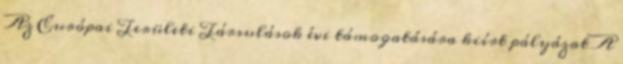
Az Európai Területi Társulások évi támogatására kiírt pályázat A